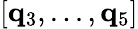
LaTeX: [\mathbf{q}_{3},...,\mathbf{q}_{5}]